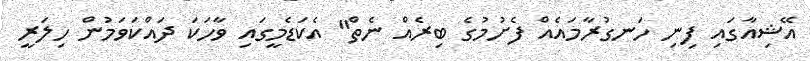
އޭޝިއާގައި ފިނި ހަނގުރާމައެއް ފެށުމުގެ ބިރެއް ނެތް" އެކަޑެމީގައި ވާހަކަ ދައްކަވަމުން ހިލަރީ